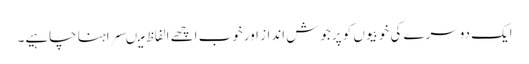
ایک دوسرے کی خوبیوں کو پرجوش انداز اورخوب اچھے الفاظ میںسراہنا چاہیے۔